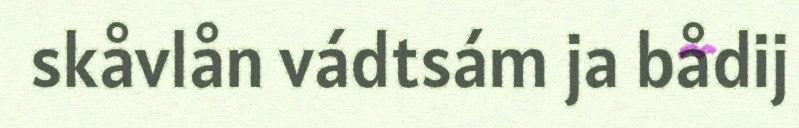
skåvlån vádtsám ja bådij